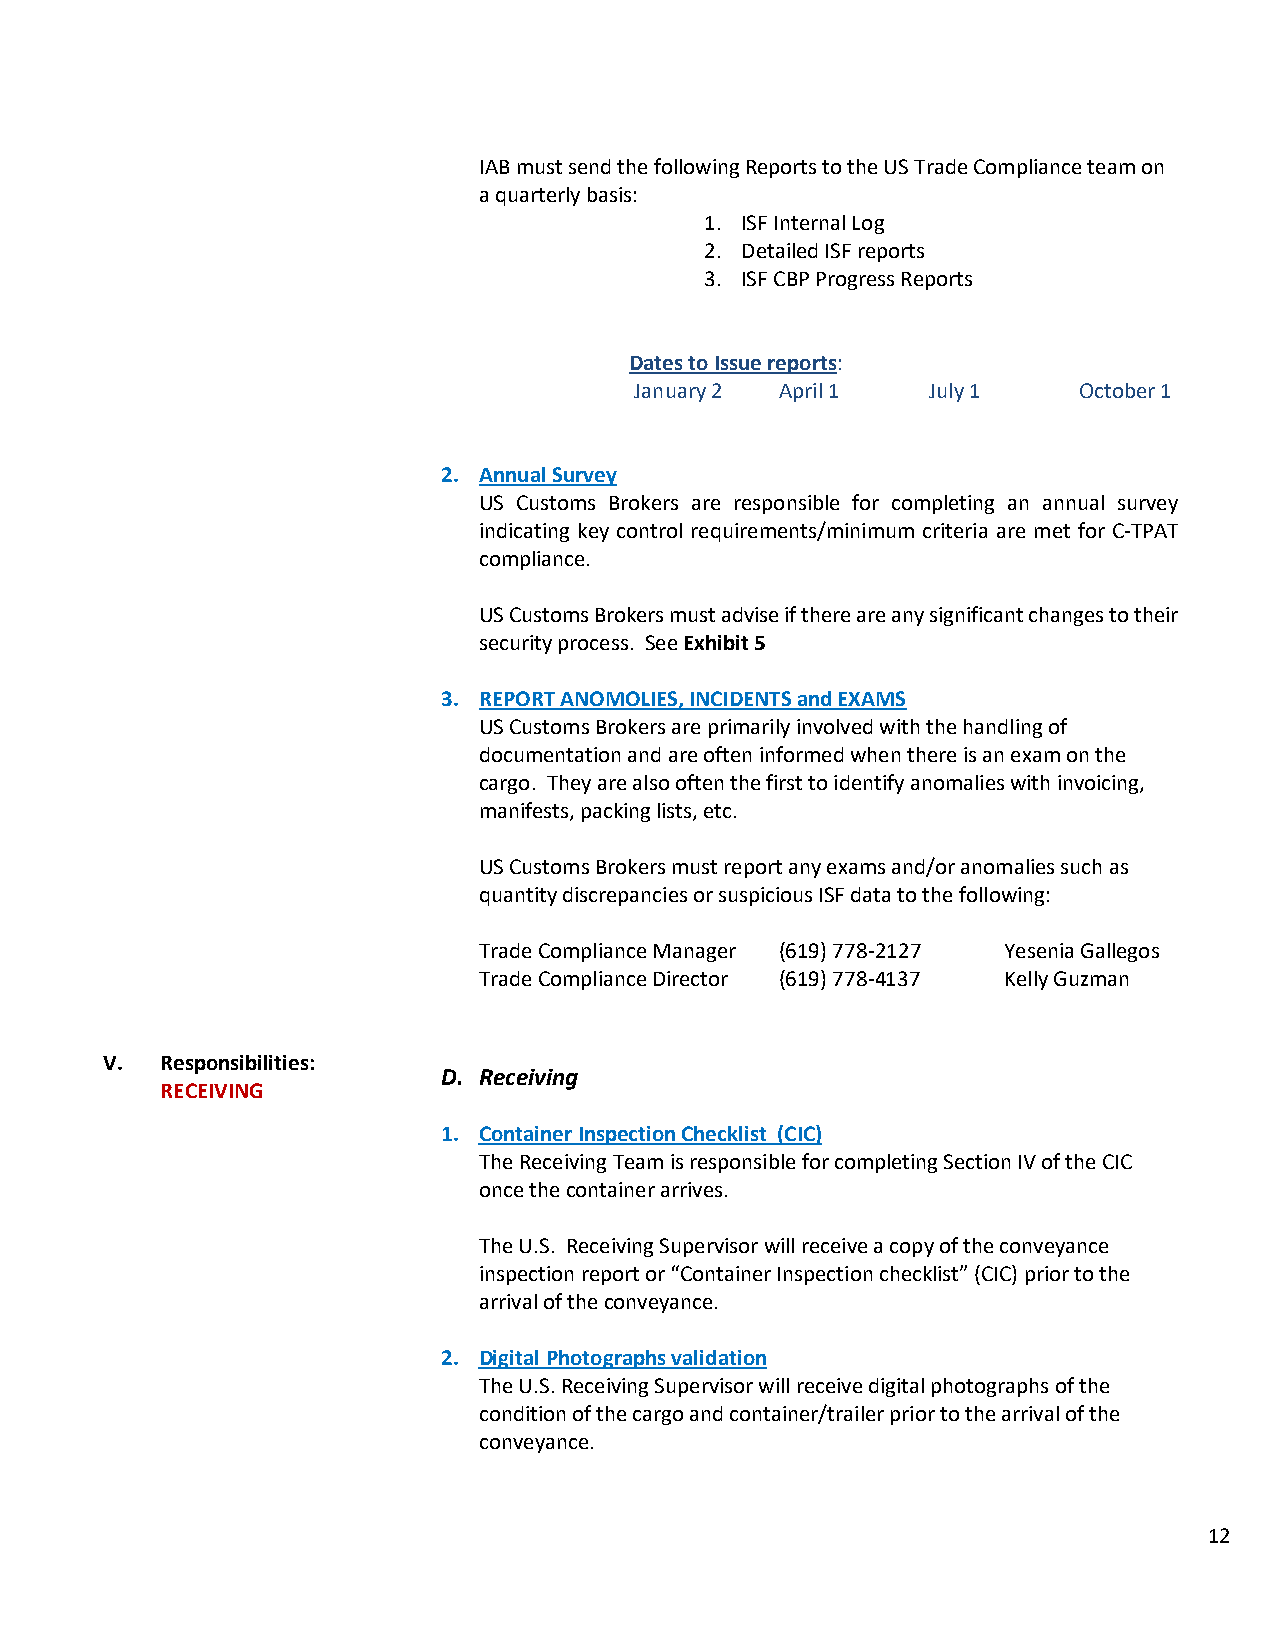
IAB must send the following Reports to the US Trade Compliance team on
 a quarterly basis:
 1. ISF Internal Log
 2. Detailed ISF reports
 3. ISF CBP Progress Reports
 Dates to Issue reports:
 January 2 April 1   July 1   October 1
 2. Annual Survey
 US Customs Brokers are responsible for completing an annual survey
 indicating key control requirements/minimum criteria are met for C-TPAT
 compliance.
 US Customs Brokers must advise if there are any significant changes to their
 security process. See Exhibit 5
 3. REPORT ANOMOLIES, INCIDENTS and EXAMS
 US Customs Brokers are primarily involved with the handling of
 documentation and are often informed when there is an exam on the
 cargo. They are also often the first to identify anomalies with invoicing,
 manifests, packing lists, etc.
 US Customs Brokers must report any exams and/or anomalies such as
 quantity discrepancies or suspicious ISF data to the following:
 Trade Compliance Manager (619) 778-2127 Yesenia Gallegos
 Trade Compliance Director (619) 778-4137 Kelly Guzman
 V.  Responsibilities:
 D. Receiving
 RECEIVING
 1. Container Inspection Checklist (CIC)
 The Receiving Team is responsible for completing Section IV of the CIC
 once the container arrives.
 The U.S. Receiving Supervisor will receive a copy of the conveyance
 inspection report or “Container Inspection checklist” (CIC) prior to the
 arrival of the conveyance.
 2. Digital Photographs validation
 The U.S. Receiving Supervisor will receive digital photographs of the
 condition of the cargo and container/trailer prior to the arrival of the
 conveyance.
 12